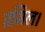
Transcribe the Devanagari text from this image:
तमिल।